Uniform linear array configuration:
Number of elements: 48
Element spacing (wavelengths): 0.75
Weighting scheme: hann
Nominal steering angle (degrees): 0
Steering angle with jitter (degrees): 0.6177
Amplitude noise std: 0.05
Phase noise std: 0.05

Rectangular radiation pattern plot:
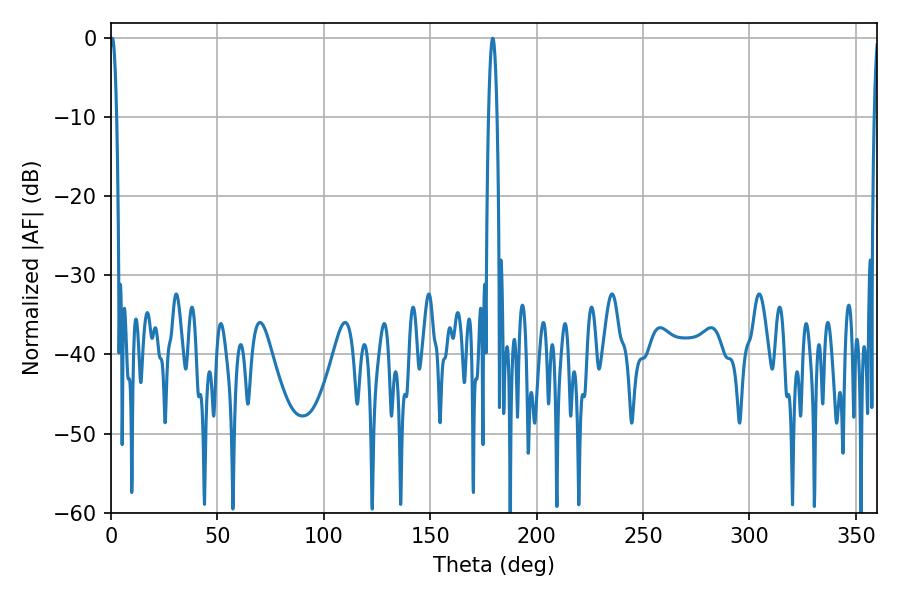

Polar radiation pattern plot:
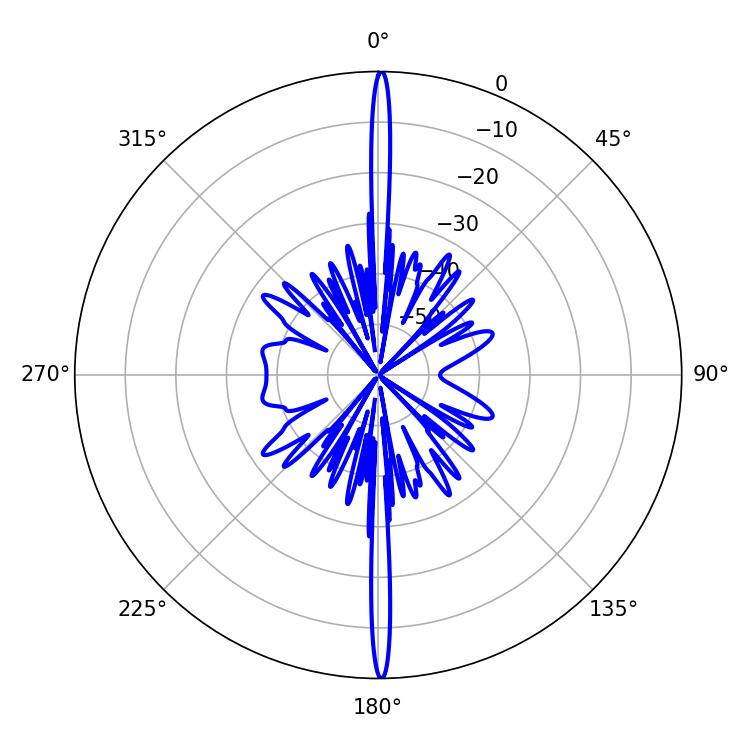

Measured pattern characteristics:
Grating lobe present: TRUE
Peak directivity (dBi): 33.825
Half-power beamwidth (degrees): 1.62
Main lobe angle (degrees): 0.54